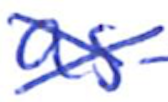
Text: as
Cross-out: cross
Writing tool: ballpoint